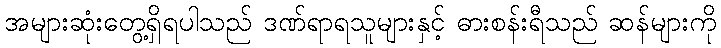
အများဆုံးတွေ့ရှိရပါသည် ဒဏ်ရာရသူများနှင့် ဓားစန်းရီသည် ဆန်များကို